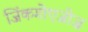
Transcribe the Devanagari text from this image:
जिंकगोएजीज़